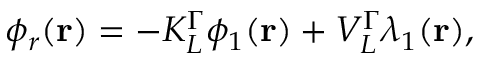
\begin{array} { r } { \phi _ { r } ( \mathbf { r } ) = - K _ { L } ^ { \Gamma } \phi _ { 1 } ( \mathbf { r } ) + V _ { L } ^ { \Gamma } \lambda _ { 1 } ( \mathbf { r } ) , } \end{array}